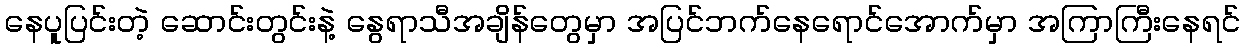
နေပူပြင်းတဲ့ ဆောင်းတွင်းနဲ့ နွေရာသီအချိန်တွေမှာ အပြင်ဘက်နေရောင်အောက်မှာ အကြာကြီးနေရင်